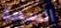
السعة